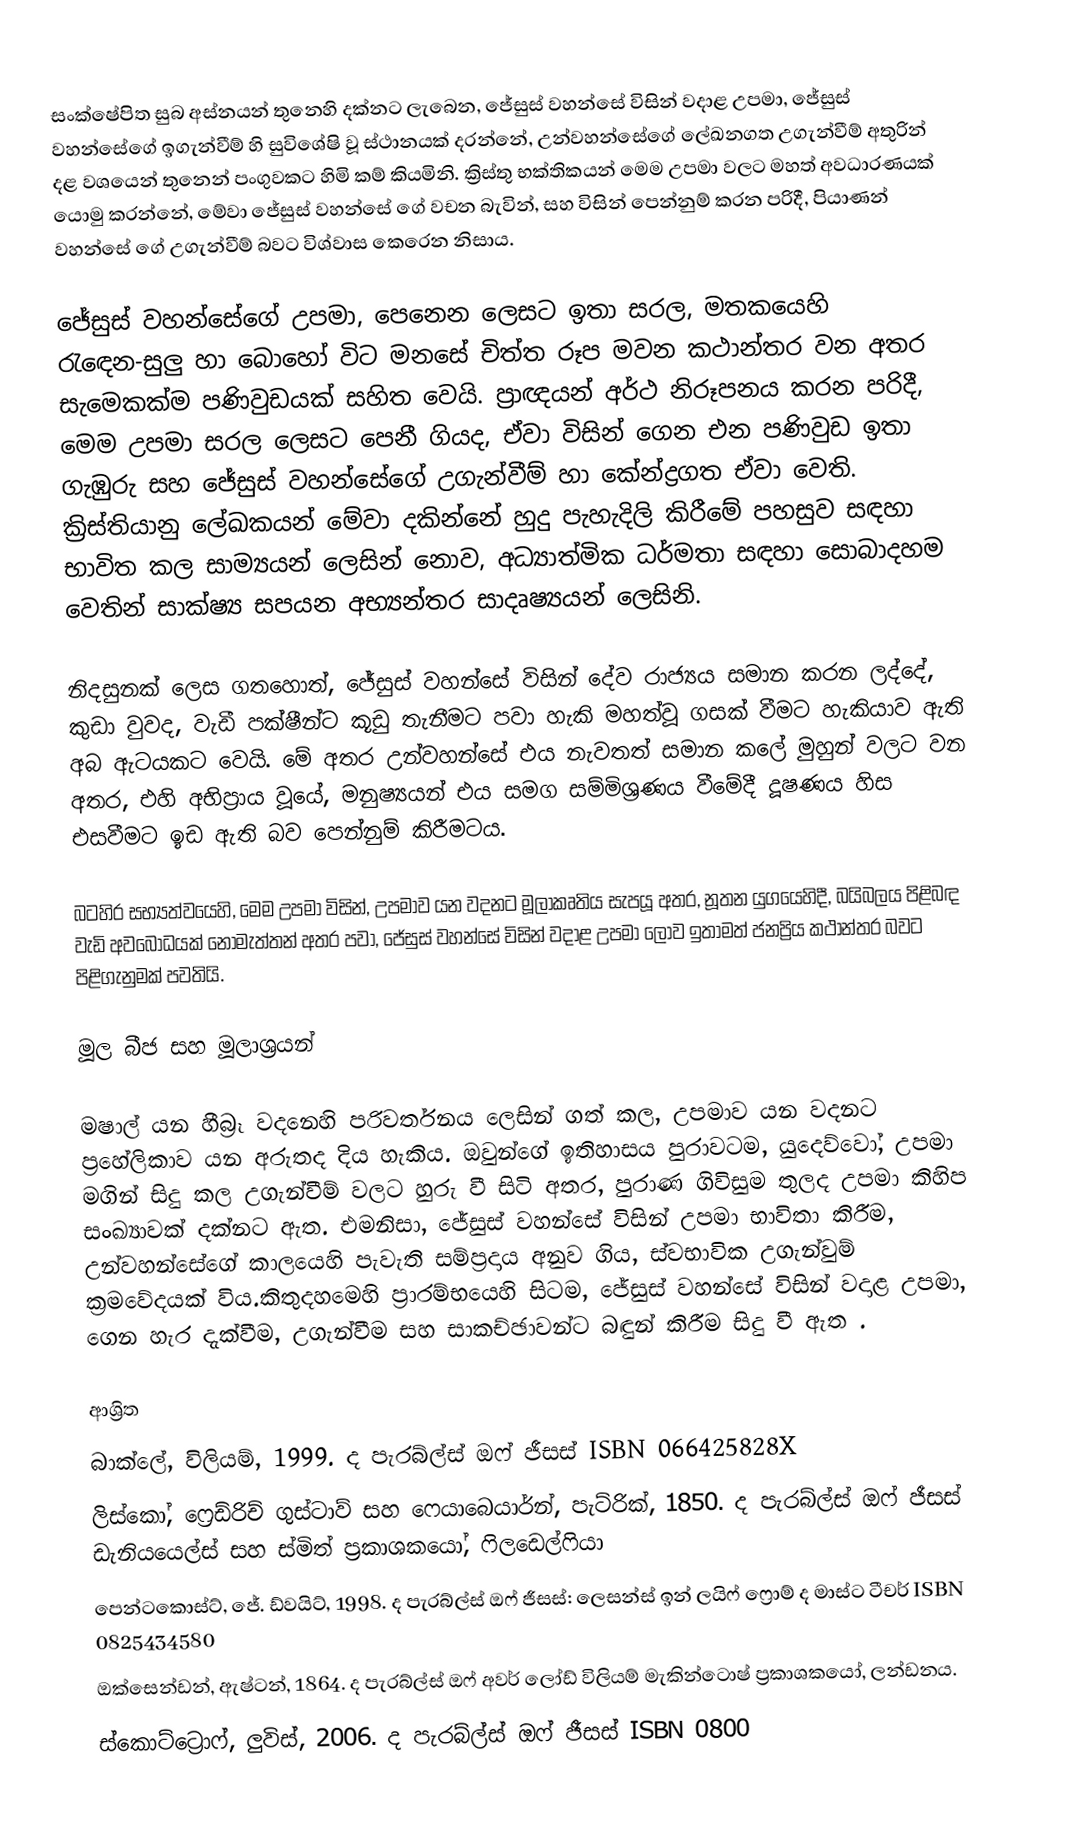
සංක්ෂේපිත සුබ අස්නයන් තුනෙහි දක්නට ලැබෙන,  ජේසුස් වහන්සේ විසින් වදාළ උපමා, ජේසුස් වහන්සේගේ ඉගැන්වීම් හි සුවිශේෂි වූ ස්ථානයක් දරන්නේ, උන්වහන්සේගේ ලේඛනගත උගැන්වීම් අතුරින් දළ වශයෙන් තුනෙන් පංගුවකට හිමි කම් කියමිනි. ක්‍රිස්තු භක්තිකයන් මෙම උපමා වලට මහත් අවධාරණයක් යොමු කරන්නේ, මේවා ජේසුස් වහන්සේ ගේ වචන බැවින්,   සහ  විසින් පෙන්නුම් කරන පරිදී,  පියාණන් වහන්සේ ගේ උගැන්වීම් බවට විශ්වාස කෙරෙන නිසාය.

ජේසුස් වහන්සේගේ උපමා, පෙනෙන ලෙසට ඉතා සරල, මතකයෙහි රැ‍ඳෙන-සුලු හා බොහෝ වි‍ට මනසේ චිත්ත රූප මවන කථාන්තර වන අතර සැමෙකක්ම පණිවුඩයක් සහිත වෙයි. ප්‍රාඥයන් අර්ථ නිරූපනය කරන පරිදී,  මෙම උපමා සරල ලෙසට පෙනී ගියද, ඒවා විසින් ගෙන එන පණිවුඩ ඉතා ගැඹුරු සහ ජේසුස් වහන්සේගේ උගැන්වීම් හා කේන්ද්‍රගත ඒවා වෙති. ක්‍රිස්තියානු ලේඛකයන් මේවා දකින්නේ හුදු පැහැදිලි කිරීමේ පහසුව සඳහා භාවිත කල සාම්‍යයන් ලෙසින් නොව,  අධ්‍යාත්මික ධර්මතා සඳහා සොබාදහම වෙතින් සාක්ෂ්‍ය සපයන අභ්‍යන්තර සාදෘෂ්‍යයන් ලෙසිනි.

නිදසුනක් ලෙස ගතහොත්, ජේසුස් වහන්සේ විසින් දේව රාජ්‍යය සමාන කරන ලද්දේ, කුඩා වුවද, වැඩී පක්ෂීන්ට කූඩු තැනීමට පවා හැකි මහත්වූ ගසක් වීමට හැකියාව ඇති අබ ඇටයකට වෙයි. මේ අතර උන්වහන්සේ එය නැවතත් සමාන කලේ  මුහුන් වලට වන අතර, එහි අභිප්‍රාය වූයේ,  මනුෂ්‍යයන් එය සමග සම්මිශ්‍රණය වීමේදී දූෂණය හිස එසවීමට ඉඩ ඇති බව පෙන්නුම් කිරීමටය.

බටහිර සභ්‍යත්වයෙහි, මෙම උපමා විසින්, උපමාව යන වදනට  මූලාකෘතිය සැපයූ අතර,  නූතන යුගයෙහිදී, බයිබලය පිළිබඳ වැඩි අවබෝධයක් නොමැත්තන් අතර පවා, ජේසුස් වහන්සේ විසින් වදාළ උපමා ලොව ඉතාමත් ජනප්‍රිය කථාන්තර බවට පිළිගැනුමක් පවතියි.

මූල බීජ සහ මූලාශ්‍රයන්

මෂාල් යන හීබ්‍රෑ වදනෙහි පරිවර්තනය ලෙසින් ගත් කල, උපමාව යන වදනට ප්‍රහේලිකාව යන අරුතද දිය හැකිය. ඔවුන්ගේ ඉතිහාසය පුරාවටම, යුදෙව්වෝ, උපමා මගින් සිදු කල උගැන්වීම් වලට හුරු වී සිටි අතර, පුරාණ ගිවිසුම තුලද උපමා කිහිප සංඛ්‍යාවක් දක්නට ඇත. එමනිසා, ජේසුස් වහන්සේ විසින් උපමා භාවිතා කිරීම, උන්වහන්සේගේ කාලයෙහි පැවැති සම්ප්‍රදාය අනුව ගිය, ස්වභාවික උගැන්වුම් ක්‍රමවේදයක් විය.කිතුදහමෙහි ප්‍රාරම්භයෙහි සිටම, ජේසුස් වහන්සේ විසින් වදාළ උපමා, ගෙන හැර දැක්වීම, උගැන්වීම සහ සාකච්ඡාවන්ට බඳුන් කිරීම සිදු වී ඇත .

ආශ්‍රිත
 බාක්ලේ, විලියම්, 1999. ද පැරබ්ල්ස් ඔෆ් ජීසස්  ISBN 066425828X
 ලිස්කෝ, ‍ෆ්‍රෙඩ්රිච් ගුස්ටාව් සහ ෆෙයාබෙයාර්න්, පැට්රික්, 1850. ද පැරබ්ල්ස් ඔෆ් ජීසස් ඩැනියයෙල්ස් සහ ස්මිත් ප්‍රකාශකයෝ, ෆිලඩෙල්ෆියා
 පෙන්ටකොස්ට්,  ‍ජේ. ඩ්වයිට්, 1998. ද පැරබ්ල්ස් ඔෆ් ජීසස්: ලෙසන්ස් ඉන් ලයිෆ් ෆ්‍රොම් ද මාස්ට ටීචර්  ISBN 0825434580
 ඔක්සෙන්ඩන්, ඇෂ්ටන්, 1864. ද පැරබ්ල්ස් ඔෆ් අවර් ලෝඩ් විලියම් මැකින්ටොෂ් ප්‍රකාශකයෝ, ලන්ඩනය.
 ස්කොට්ට්‍රොෆ්, ලුවිස්, 2006. ද පැරබ්ල්ස් ඔෆ් ජීසස් ISBN 0800